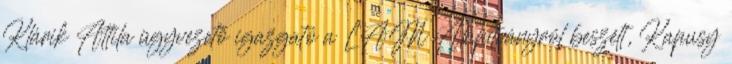
Klárik Attila ügyvezető igazgató a LAM Alapítványról beszélt, Kapusy